Annual report of the Punjab Veterinary College and of the Civil Veterinary Department, Punjab - 1926-1932
Year: 1926
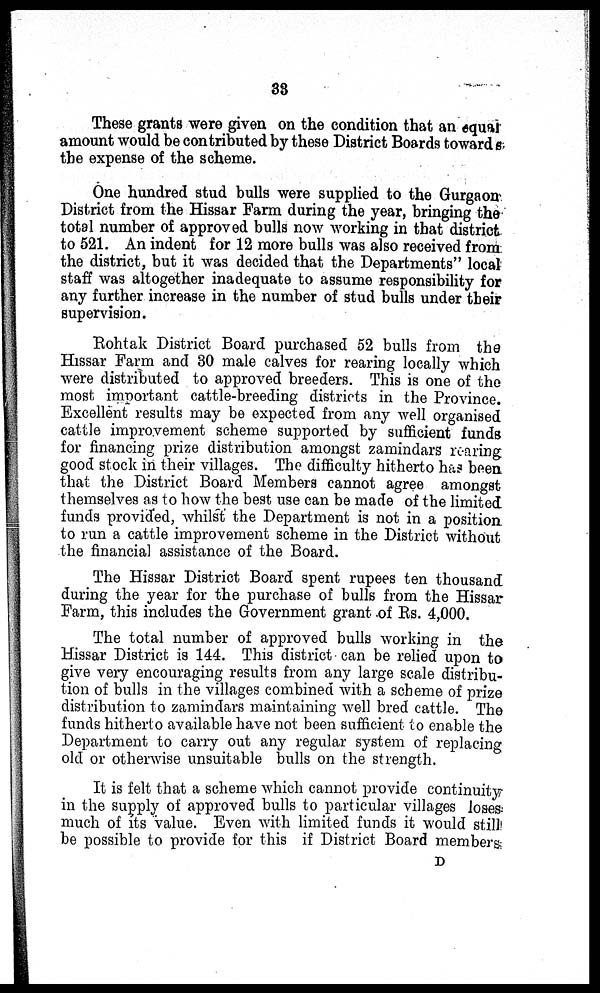
33
These grants were given on the condition that an equal
amount would be contributed by these District Boards towards
the expense of the scheme.
One hundred stud bulls were supplied to the Gurgaon
District from the Hissar Farm during the year, bringing the
total number of approved bulls now working in that district
to 521. An indent for 12 more bulls was also received from
the district, but it was decided that the Departments" local
staff was altogether inadequate to assume responsibility for
any further increase in the number of stud bulls under their
supervision.
Rohtak District Board purchased 52 bulls from the
Hissar Farm and 30 male calves for rearing locally which
were distributed to approved breeders. This is one of the
most important cattle-breeding districts in the Province.
Excellent results may be expected from any well organised
cattle improvement scheme supported by sufficient funds
for financing prize distribution amongst zamindars rearing
good stock in their villages. The difficulty hitherto has been
that the District Board Members cannot agree amongst
themselves as to how the best use can be made of the limited
funds provided, whilst the Department is not in a position
to run a cattle improvement scheme in the District without
the financial assistance of the Board.
The Hissar District Board spent rupees ten thousand
during the year for the purchase of bulls from the Hissar
Farm, this includes the Government grant of Rs. 4,000.
The total number of approved bulls working in the
Hissar District is 144. This district can be relied upon to
give very encouraging results from any large scale distribu-
tion of bulls in the villages combined with a scheme of prize
distribution to zamindars maintaining well bred cattle. The
funds hitherto available have not been sufficient to enable the
Department to carry out any regular system of replacing
old or otherwise unsuitable bulls on the strength.
It is felt that a scheme which cannot provide continuity
in the supply of approved bulls to particular villages loses
much of its value. Even with limited funds it would still
be possible to provide for this if District Board members
D